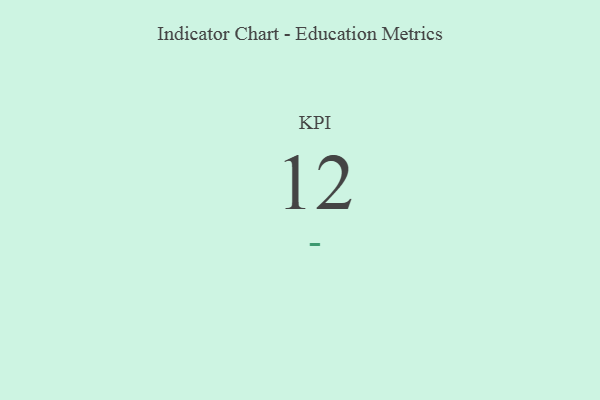
{"axis": {"x": "KPI", "y": "Value"}, "legend": [""], "data": [{"x": "KPI", "y": 12, "type": ""}]}